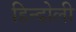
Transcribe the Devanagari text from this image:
हिन्दोली